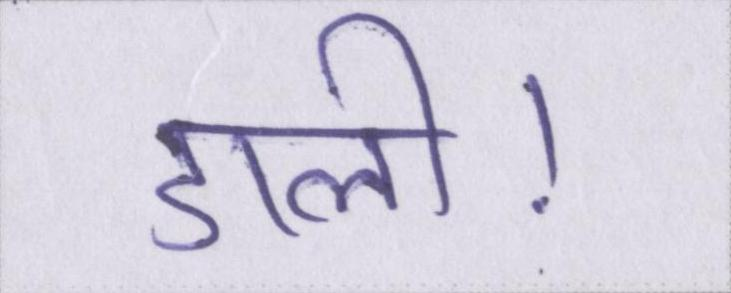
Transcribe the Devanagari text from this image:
डाली।